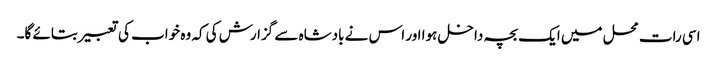
اسی رات محل میں ایک بچہ داخل ہوا اور اس نے بادشاہ سے گزارش کی کہ وہ خواب کی تعبیر بتائے گا۔